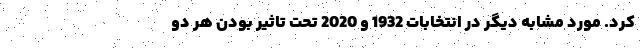
کرد. مورد مشابه دیگر در انتخابات 1932 و 2020 تحت تاثیر بودن هر دو